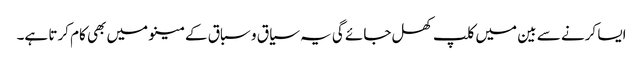
ایسا کرنے سے بین میں کلپ کھل جائے گی یہ سیاق و سباق کے مینو میں بھی کام کرتا ہے۔